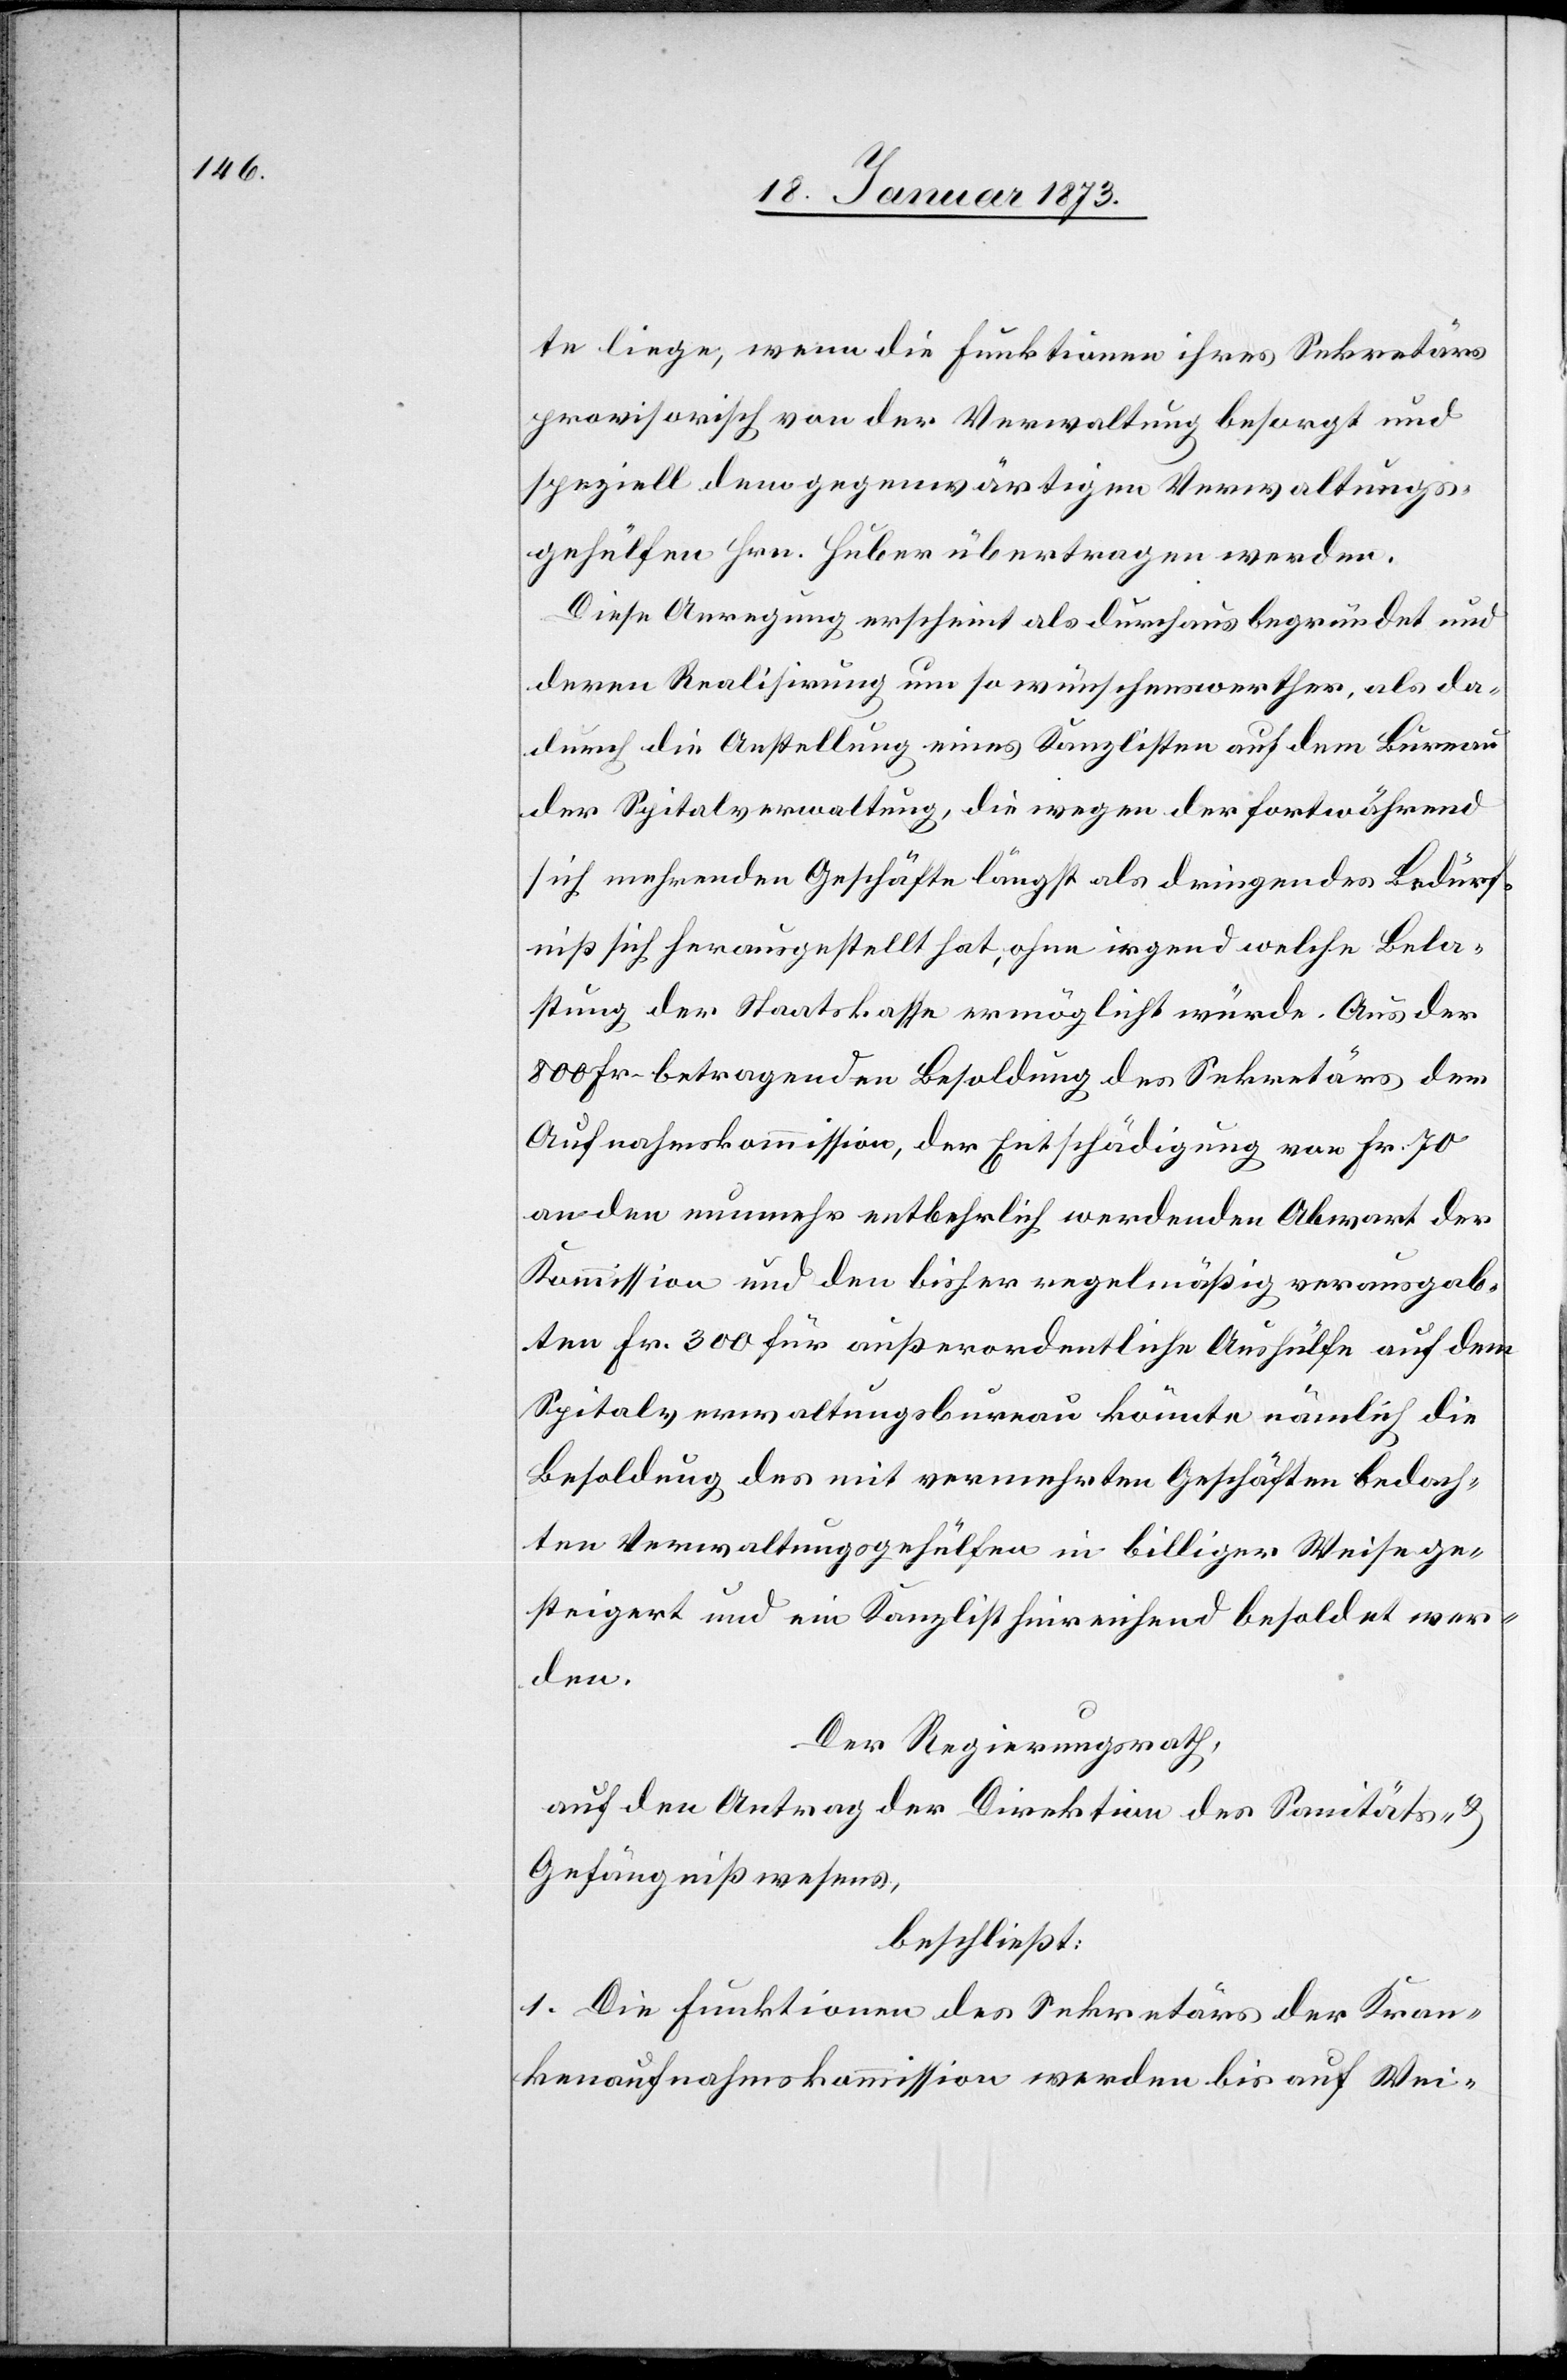
te liege, wenn die Funktionen ihres Sekretärs
provisorisch von der Verwaltung besorgt und
speziell dem gegenwärtigen Verwaltungs¬
gehülfen Hrn. Huber übertragen werden.
Diese Anregung erscheint als durchaus begründet und
deren Realisirung um so wünschenswerther, als da¬
durch die Anstellung eines Kanzlisten auf dem Bureau
der Spitalverwaltung, die wegen der fortwährend
sich mehrenden Geschäfte längst als dringendes Bedürf¬
niß sich herausgestellt hat, ohne irgendwelche Bela¬
stung der Staatskasse ermöglicht würde. Aus der
800 Fr. betragenden Besoldung des Sekretärs der
Aufnahmskommission, der Entschädigung von Fr. 70
an den nunmehr entbehrlich werdenden Abwart der
Kommission und den bisher regelmäßig verausgab¬
ten Fr. 300 für außerordentliche Aushülfe auf dem
Spitalverwaltungsbureau könnte nämlich die
Besoldung des mit vermehrten Geschäften bedach¬
ten Verwaltungsgehülfen in billiger Weise ge¬
steigert und ein Kanzlist hinreichend besoldet wer¬
den.
Der Regierungsrath,
auf den Antrag der Direktion des Sanitäts- u.
Gefängnißwesens,
beschließt:
1. Die Funktionen des Sekretärs der Kran¬
kenaufnahmskommission werden bis auf Wei-